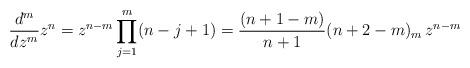
LaTeX: \begin{align*} \frac{d^m}{dz^m} z^n = z^{n-m} \prod_{j=1}^{m}(n-j+1) = \frac{(n+1-m)}{n+1} (n+2-m)_m\, z^{n-m}\end{align*}